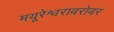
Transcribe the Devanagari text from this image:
मयूरेश्वराबरोबर